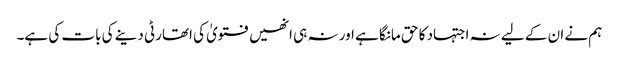
ہم نے ان کے لیے نہ اجتہاد کا حق مانگا ہے اور نہ ہی انھیں فتویٰ کی اتھارٹی دینے کی بات کی ہے۔